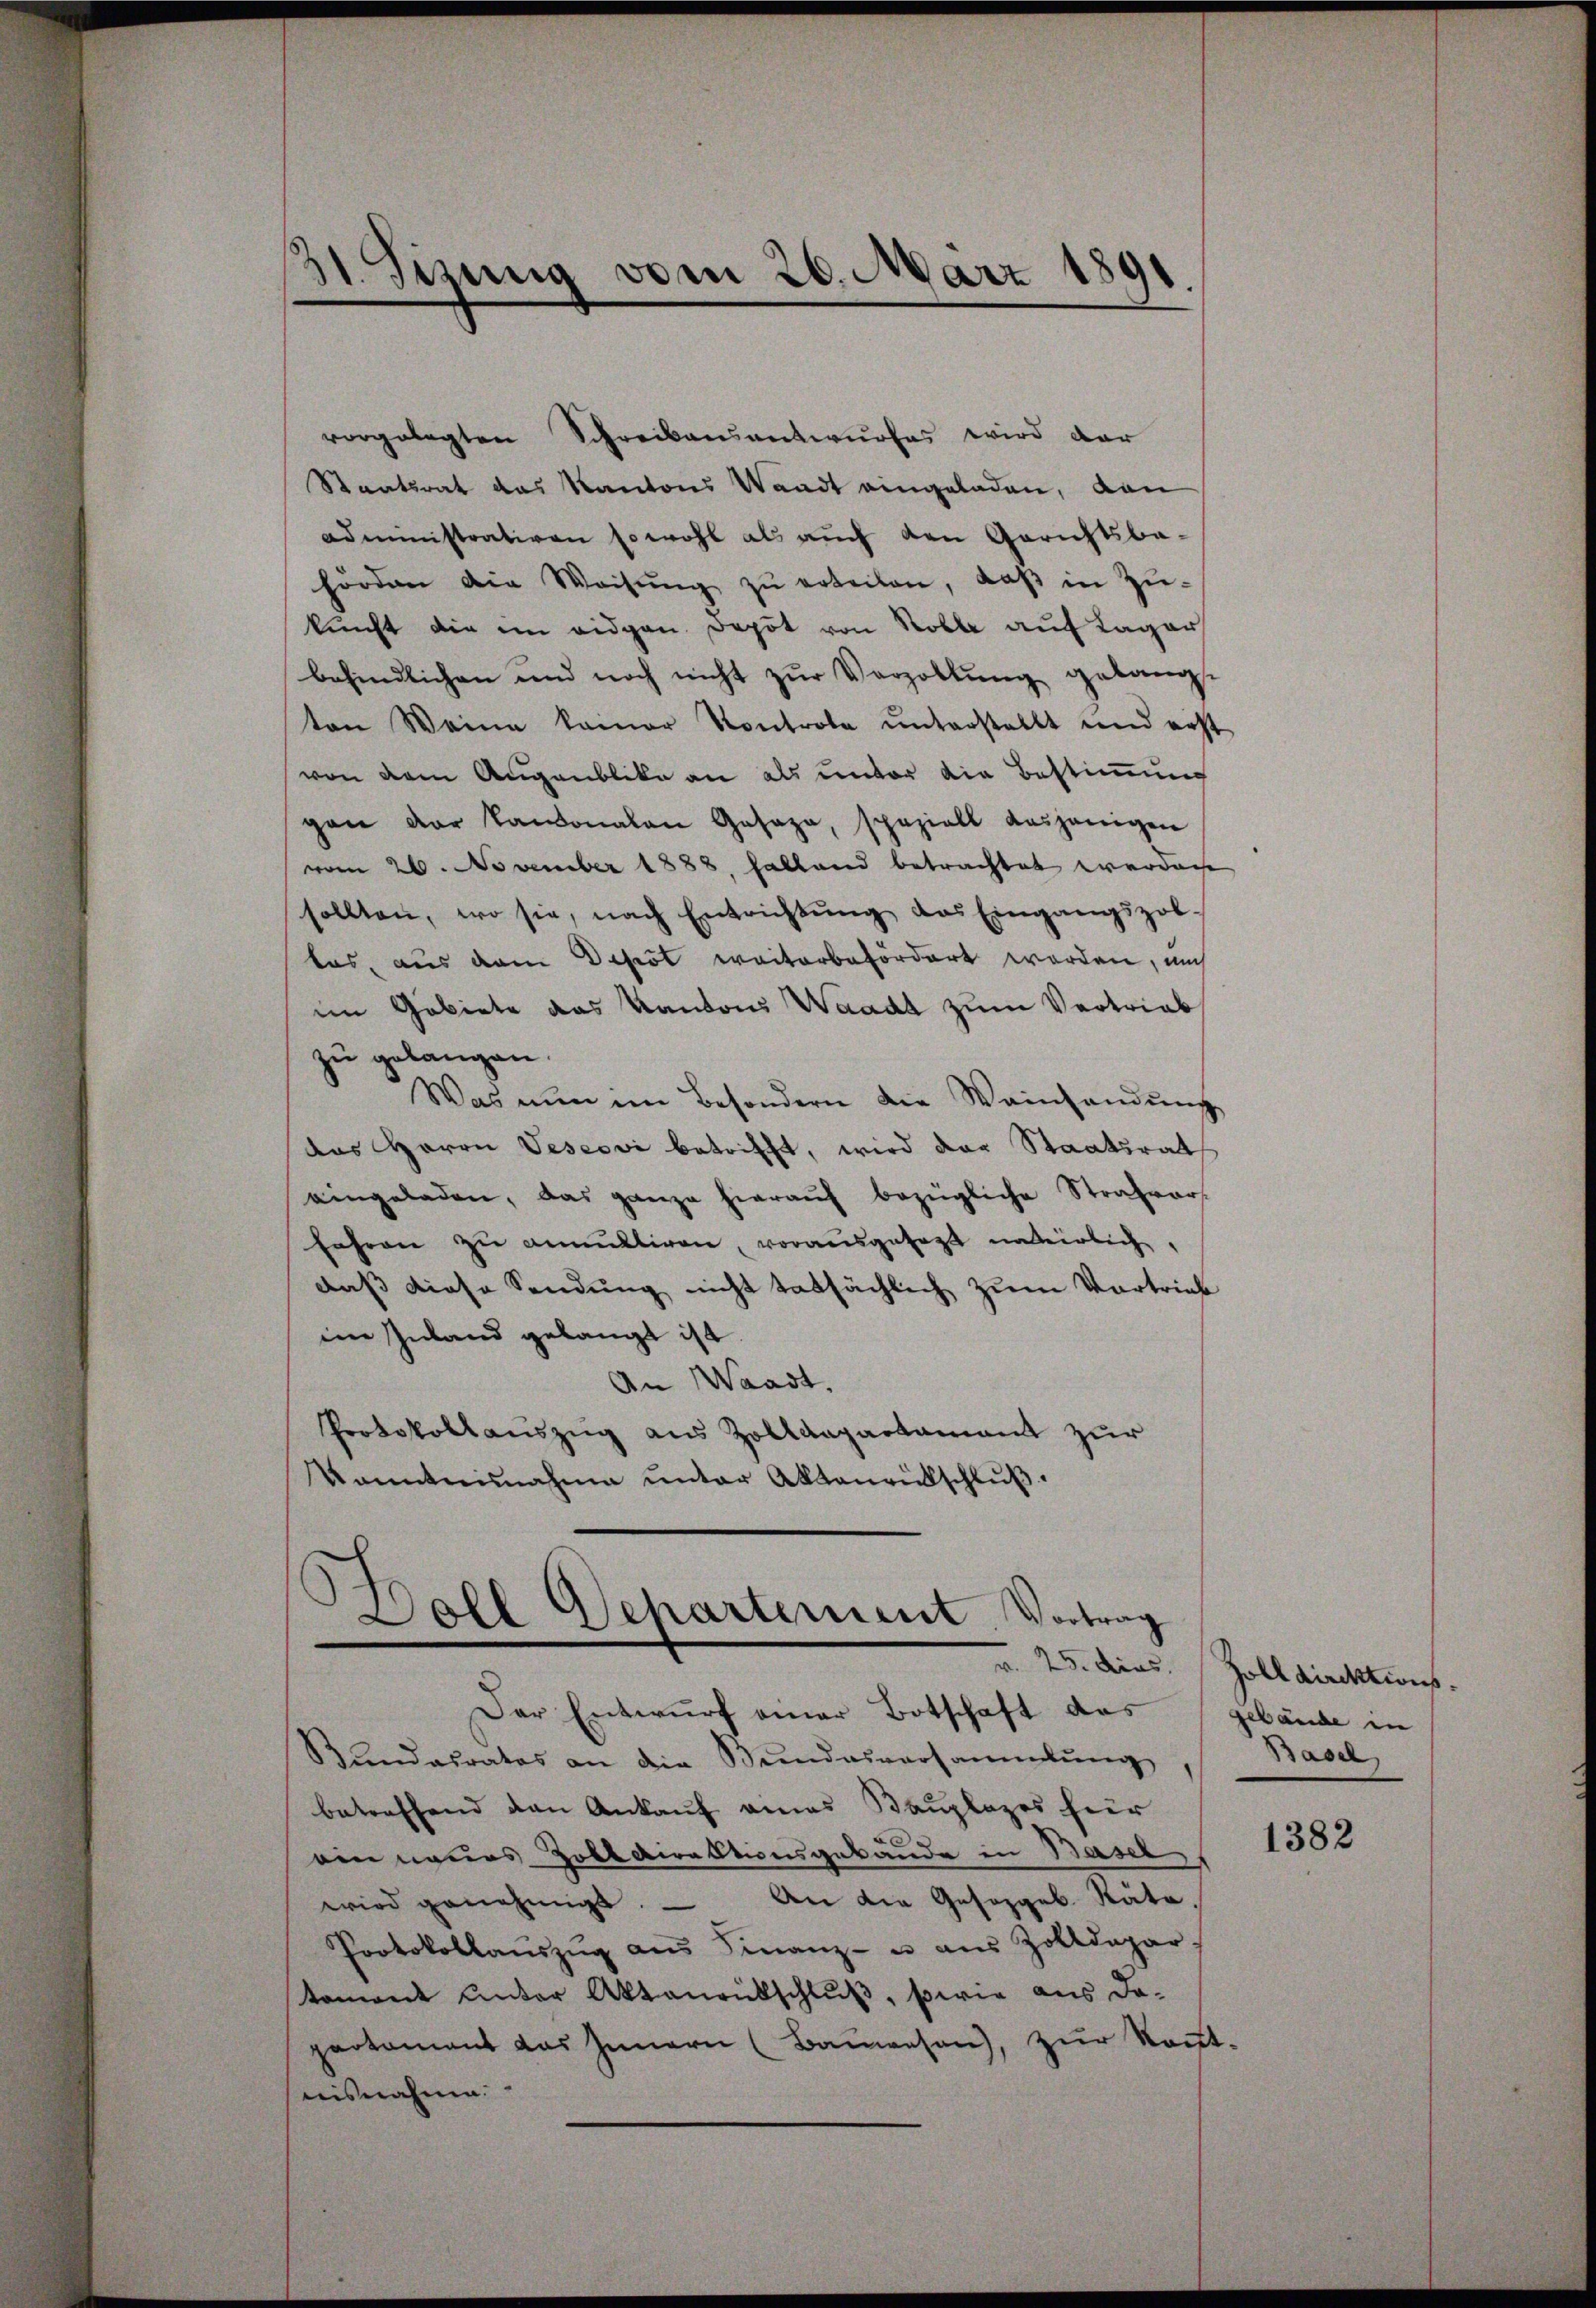
)
dr. stung vom 26. März 1891.

vorgelegten Schreibensantwurfes wird der
Staatsrat das Kantons Waadt eingeladen, dan
administrativen sowohl als auch den Gerichtsba-
hörden die Weisŭng zŭ erteilen, daβ in Zŭ-
kŭnft die im eidgen. Depot von Rolle auf Lager
befindlichen und noch nicht zŭr Verzollŭng gelangt
ton Weine kamer Kontrole ŭnterstellt und erst
von dem Augenblicke an als unter die Bestimmung
gen der Kantonalen Gesage, speziell Ausgangen
vom 26. November 1888, fallend betrachtet werden
sollten, wo sie, nach Entrichtŭng das Eingangszob-
tas, aus dem Depot weiterbefördert worden, mich
im Gebiete das Kantons Waadt zum Vertrieb
zu gelangen.
Was nun im Besondern die Weinsendŭng
das Herrn Pescovi betrifft, wird der Staatsrath
eingeladen, das ganze hieraŭf bezügliche Strafvers
fahren zu anmittiren, vorausgesagt unterlich.
daß diese Sendung nicht tatsächlich zum Vortrieb
im Inland gelangt ist.
An Waadt,
Protokollauszug aus Zolldepartament zur
kanntnisnahme unter Aktenrütschlŭβ

.
)
Doll Scharternent Vortrag
Der Entwurf einer Botschaft das (gebäude in

Bundesrates an die Bundesversammlung
betreffend den Ankauf eines Bauplazes hier
ein neues Zolldirektionsgebäude in Basel
wird genehmigt. An die Gesoggeb. Räte.
Protokollanszŭg aŭs Finanz- u aŭs Zolldepar-
toment unter Aktenrütschluß, sowie aus da-
partamant das Innern (Baŭwesen), zŭr Kont-
nisnahme.

v. 25. dies. Zolldirektions
Basel

1382